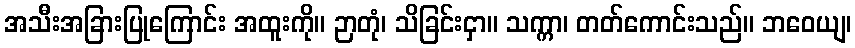
အသီးအခြားပြုကြောင်း အထူးကို။ ဉာတုံ၊ သိခြင်းငှာ။ သက္ကာ၊ တတ်ကောင်းသည်။ ဘဝေယျ၊